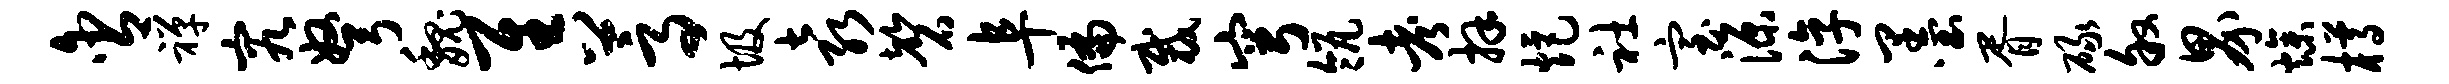
含禅究弩魏隹蒿圾袁磬阜偏裁穹瓴考拜炬社室源淳墨胥碌叙界燥樽